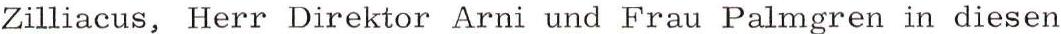
Zilliacus, Herr Direktor Arni und Frau Palmgren in diesen